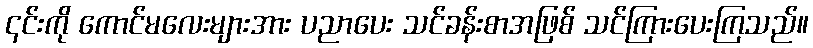
၎င်းကို ကောင်မလေးများအား ပညာပေး သင်ခန်းစာအဖြစ် သင်ကြားပေးကြသည်။